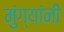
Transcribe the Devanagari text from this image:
मुंग्यांनी